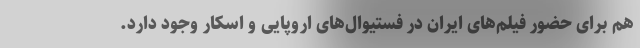
هم برای حضور فیلم‌های ایران در فستیوال‌های اروپایی و اسکار وجود دارد.